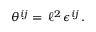
\theta ^ { i j } = \, \ell ^ { 2 } \, \epsilon ^ { i j } \, .